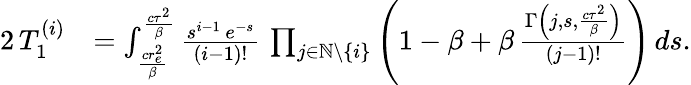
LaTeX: \begin{array}{rl}{2\, T_{1}^{(i)}}&{=\int_{\frac{cr_{e}^{2}}{\beta}}^{\frac{c\tau^{2}}{\beta}}\frac{s^{i-1}\, e^{-s}}{(i-1)!}\, \prod_{j\in\mathbb{N}\setminus\{ i\} }\left(1-\beta+\beta\, \frac{\Gamma\left(j,s,\frac{c\tau^{2}}{\beta}\right)}{(j-1)!}\right)\, ds.}\end{array}